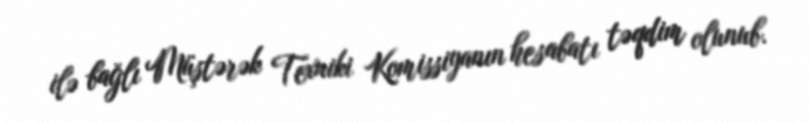
ilə bağlı Müştərək Texniki Komissiyanın hesabatı təqdim olunub.